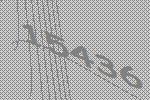
15436